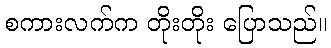
စကားလက်က တိုးတိုး ပြောသည်။